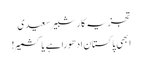
تجزیہ کار شبیر سعیدی
ابھی پاکستان ادھورا ہے یا کشمیر!